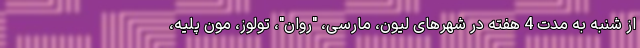
از شنبه به مدت 4 هفته در شهرهای لیون، مارسی، "روان"، تولوز، مون پلیه،